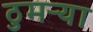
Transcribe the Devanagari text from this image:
ठुमऱ्या